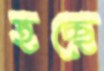
হচ্ছে